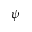
\psi